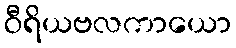
ဝီရိယဗလကာယော